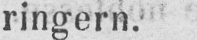
ringern.